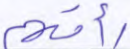
رأتهم